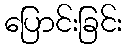
ပြောင်းခြင်း